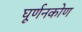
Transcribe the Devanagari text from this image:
घूर्णनकोण